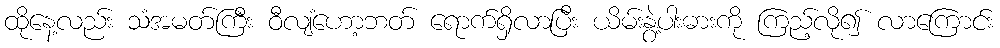
ထိုနေ့လည်း သံအမတ်ကြီး ဝီလျံဟော့ဘတ် ရောက်ရှိလာပြီး ယိမ်းနွဲ့ပါးဓားကို ကြည့်လို၍ လာကြောင်း